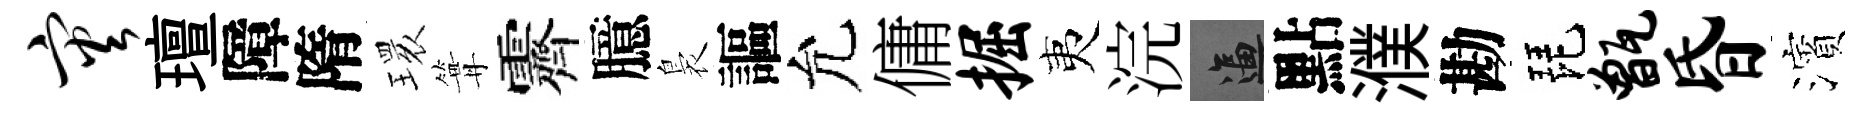
灾璮障隋𤨔篝霽臆裊謳允傭掘夷浣逼點濮勘琵甑昏濱